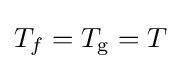
T_{f}=T_{\text{g}}=T